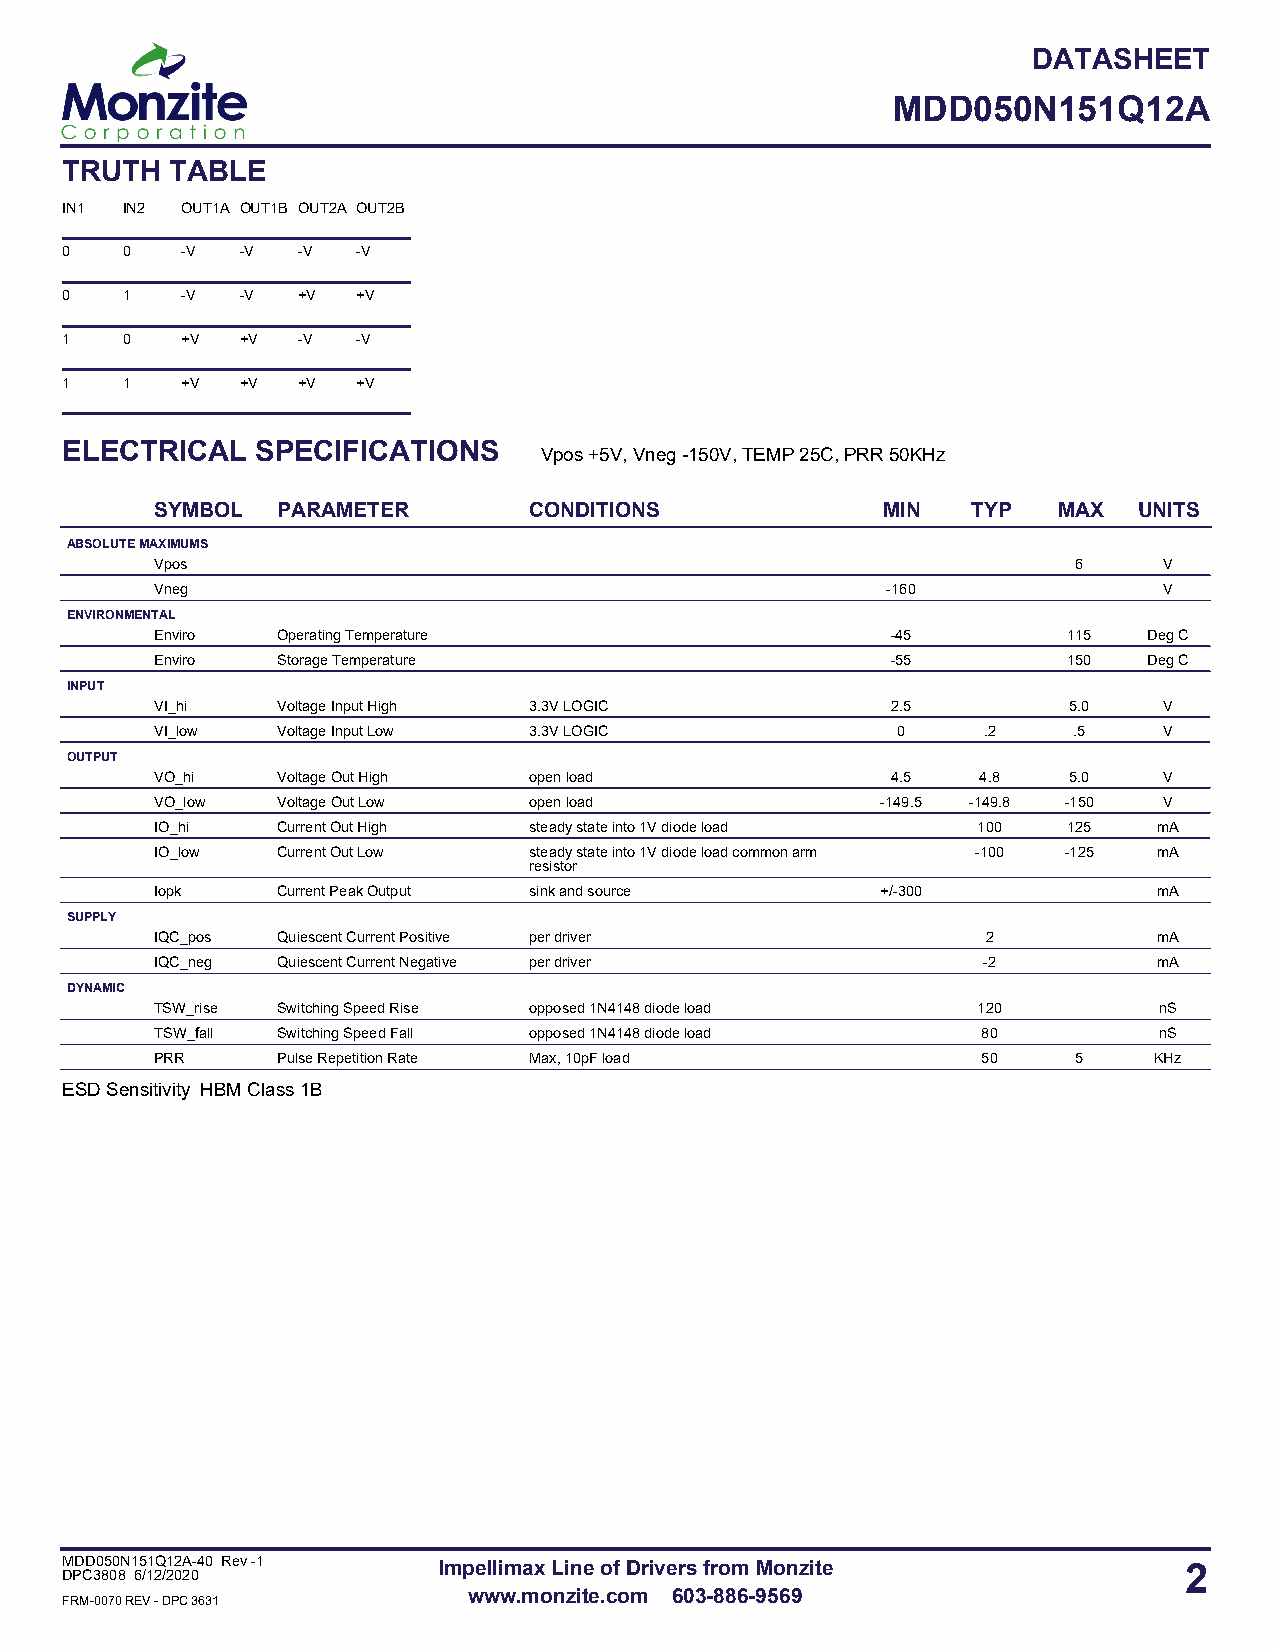
DATASHEET
 MDD050N151Q12A
 TRUTH  TABLE
 IN1 IN2 OUT1A OUT1B OUT2A OUT2B
 0   0   -V  -V  -V  -V
 0   1   -V  -V  +V  +V
 1   0   +V  +V  -V  -V
 1   1   +V  +V  +V  +V
 ELECTRICAL   SPECIFICATIONS
 Vpos +5V, Vneg -150V, TEMP 25C, PRR 50KHz
 SYMBOL  PARAMETER        CONDITIONS             MIN   TYP   MAX  UNITS
 ABSOLUTE MAXIMUMS
 Vpos                                                         6     V
 Vneg                                             -160              V
 ENVIRONMENTAL
 Enviro  Operating Temperature                    -45         115  Deg C
 Enviro  Storage Temperature                      -55         150  Deg C
 INPUT
 VI_hi   Voltage Input High 3.3V LOGIC            2.5         5.0   V
 VI_low  Voltage Input Low 3.3V LOGIC             0     .2    .5    V
 OUTPUT
 VO_hi   Voltage Out High open load               4.5   4.8   5.0   V
 VO_low  Voltage Out Low  open load              -149.5 -149.8 -150 V
 IO_hi   Current Out High steady state into 1V diode load 100 125   mA
 IO_low  Current Out Low  steady state into 1V diode load common arm -100 -125 mA
 resistor
 Iopk    Current Peak Output sink and source     +/-300             mA
 SUPPLY
 IQC_pos Quiescent Current Positive per driver          2           mA
 IQC_neg Quiescent Current Negative per driver          -2          mA
 DYNAMIC
 TSW_rise Switching Speed Rise opposed 1N4148 diode load 120        nS
 TSW_fall Switching Speed Fall opposed 1N4148 diode load 80         nS
 PRR     Pulse Repetition Rate Max, 10pF load           50    5    KHz
 ESD Sensitivity HBM Class 1B
 MDD050N151Q12A-40 Rev -1 Impellimax Line of Drivers from Monzite          2
 DPC3808 6/12/2020
 www.monzite.com 603-886-9569
 FRM-0070 REV - DPC 3631